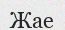
Жае